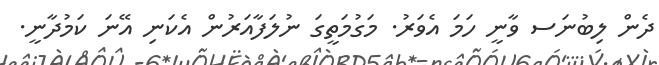
ދެން ލިބުނަސ ވާނީ ހަމަ އެވަރު. މަގުމަތީގަ ނުލަފާއަރުން އެކަނި އޭނަ ކަމުދާނީ.